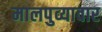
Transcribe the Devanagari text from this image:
मालपुव्यावार